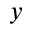
y